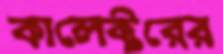
কালেক্টরের